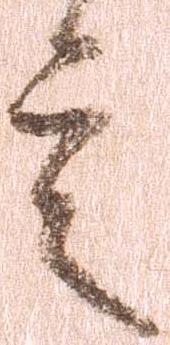
言